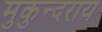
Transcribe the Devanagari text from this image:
मुकुन्दराय